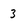
Character: 3